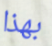
بهذا